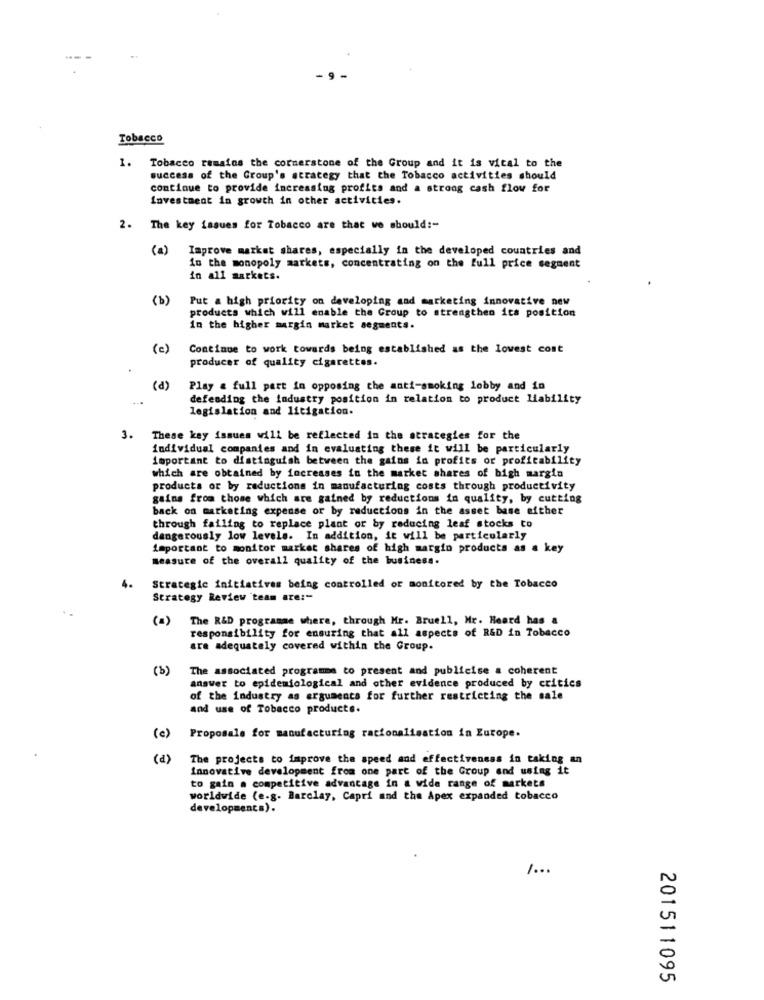
Tobacco
1. Tobacco remains the cornerstone of the Group and it is vital to the
success of the Group's strategy that the Tobacco activities should
continue to provide increasing profits and a strong cash flow for
Investment in growth in other activities.
2. The key issues for Tobacco are that we should :-
(a)
Improve market shares, especially in the developed countries and
in the monopoly markets, concentrating on the full price segment
in all markets.
(b)
Put a high priority on developing and marketing innovative new
products which will enable the Group to strengthen its position
in the higher margin market segments.
(c)
Continue to work towards being established as the lowest cost
producer of quality cigarettes.
(d)
Play & full part in opposing the anti-smoking lobby and in
defending the industry position in relation to product liability
legislation and litigation.
3.
These key issues will be reflected in the strategies for the
individual companies and in evaluating these it will be particularly
important to distinguish between the gains in profits or profitability
which are obtained by increases in the market shares of bigh margin
products or by reductions in manufacturing costs through productivity
gains from those which are gained by reductions in quality, by cutting
back on marketing expense or by reductions in the asset base either
through failing to replace plant or by reducing leaf stocks to
dangerously low levels. In addition, it will be particularly
important to monitor market shares of high margin products as a key
measure of the overall quality of the business.
4.
Strategic initiatives being controlled or monitored by the Tobacco
Strategy Review team are :-
(a) The R&D programme where, through Mr. Bruell, Mr. Heard has a
responsibility for ensuring that all aspects of R&D in Tobacco
are adequately covered within the Group.
(3)
The associated programme to present and publicise a coherent
answer to epidemiological and other evidence produced by critics
of the industry as arguments for further restricting the sale
and use of Tobacco products.
(c)
Proposals for manufacturing racionalisation in Europe.
(a)
The projects to improve the speed and effectiveness in taking an
Innovative development from one part of the Group and using it
to gain a competitive advantage in a wide range of markets
worldwide (e.g. Barclay, Capri and the Apex expanded tobacco
developments).
1 ...
201511095